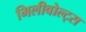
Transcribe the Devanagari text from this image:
मिलीवोल्ट्स